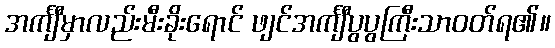
အင်္ကျီမှာလည်းမီးခိုးရောင် ဖျင်အင်္ကျီပွပွကြီးသာဝတ်ရ၏။